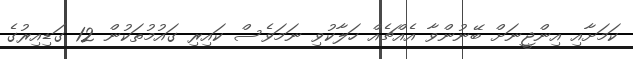
ކަމަށާއި އިންޖީނަށް ބޭނުންވާ އެއްޗެއް ހަލާކުވި ނަމަވެސް ކައިރި ގައުމުތަކުން 12 ގަޑިއިރުގެ